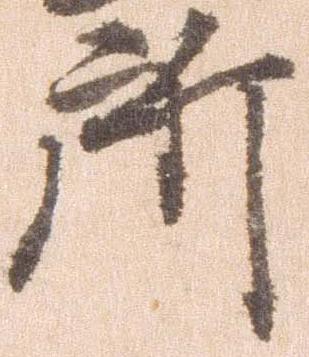
所